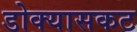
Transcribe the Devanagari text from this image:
डोक्यासकट